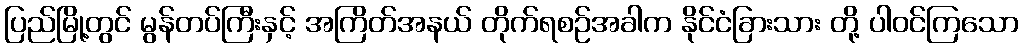
ပြည်မြို့တွင် မွန်တပ်ကြီးနှင့် အကြိတ်အနယ် တိုက်ရစဉ်အခါက နိုင်ငံခြားသား တို့ ပါဝင်ကြသော